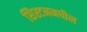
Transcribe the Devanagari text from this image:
सिस्टममधील